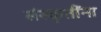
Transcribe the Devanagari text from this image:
संस्कृतींना